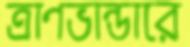
ত্রাণভান্ডারে